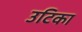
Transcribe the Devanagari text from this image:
उटिका